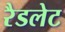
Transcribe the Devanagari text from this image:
रैडलेट